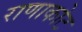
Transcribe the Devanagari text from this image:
राणाकोट